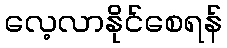
လေ့လာနိုင်စေရန်